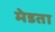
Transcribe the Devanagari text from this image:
मेडता